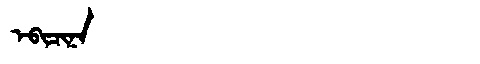
Manchu: ᡝᠪᡳᠴᡳᠨᠠ
Romanization: EBICINA